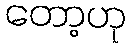
တော့ဟု